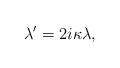
LaTeX: \begin{align*}\lambda'=2i\kappa\lambda,\end{align*}